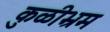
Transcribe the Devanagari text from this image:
कुळीभ्रम